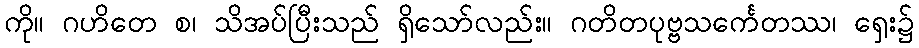
ကို။ ဂဟိတေ စ၊ သိအပ်ပြီးသည် ရှိသော်လည်း။ ဂတိတပုဗ္ဗသင်္ကေတဿ၊ ရှေး၌